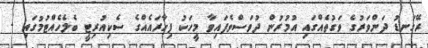
ރޭގަނޑު ދަންވަރުގެ ވަގުތެއްގައި އުމުރުން ދުވަސްވެފައިވާ މީހަކު ފިހާރައެއްގެ ސެކިއުރިޓީ ބެލެހެއްޓުމުގައި -